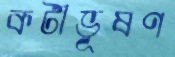
কটীভূষণ